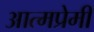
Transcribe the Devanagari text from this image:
आत्मप्रेमी